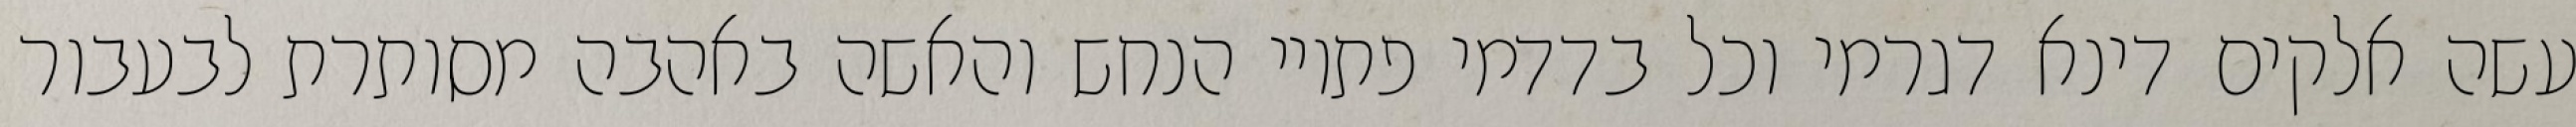
עשה אלקים דינא דגרמי וכל בדדמי פתויי הנחש והאשה באהבה מסותרת לבעבור